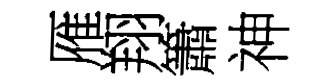
雁翔簫神